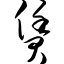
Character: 赁